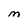
Character: M